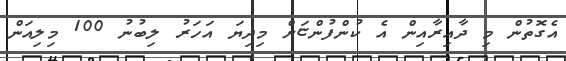
އެގޮތުން މި ދާއިރާއިން އެ ކުންފުންޏަށް މިދިޔަ އަހަރު ލިބުނު 100 މިލިއަން